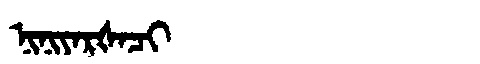
Manchu: ᠨᡳᠨᡳᠶᠠᡵᡧᠠᠴᡳ
Romanization: NINIYARŠACI